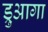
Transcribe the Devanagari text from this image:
ड्रुआगा